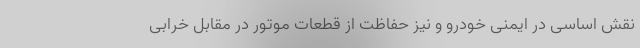
نقش اساسی در ایمنی خودرو و نیز حفاظت از قطعات موتور در مقابل خرابی